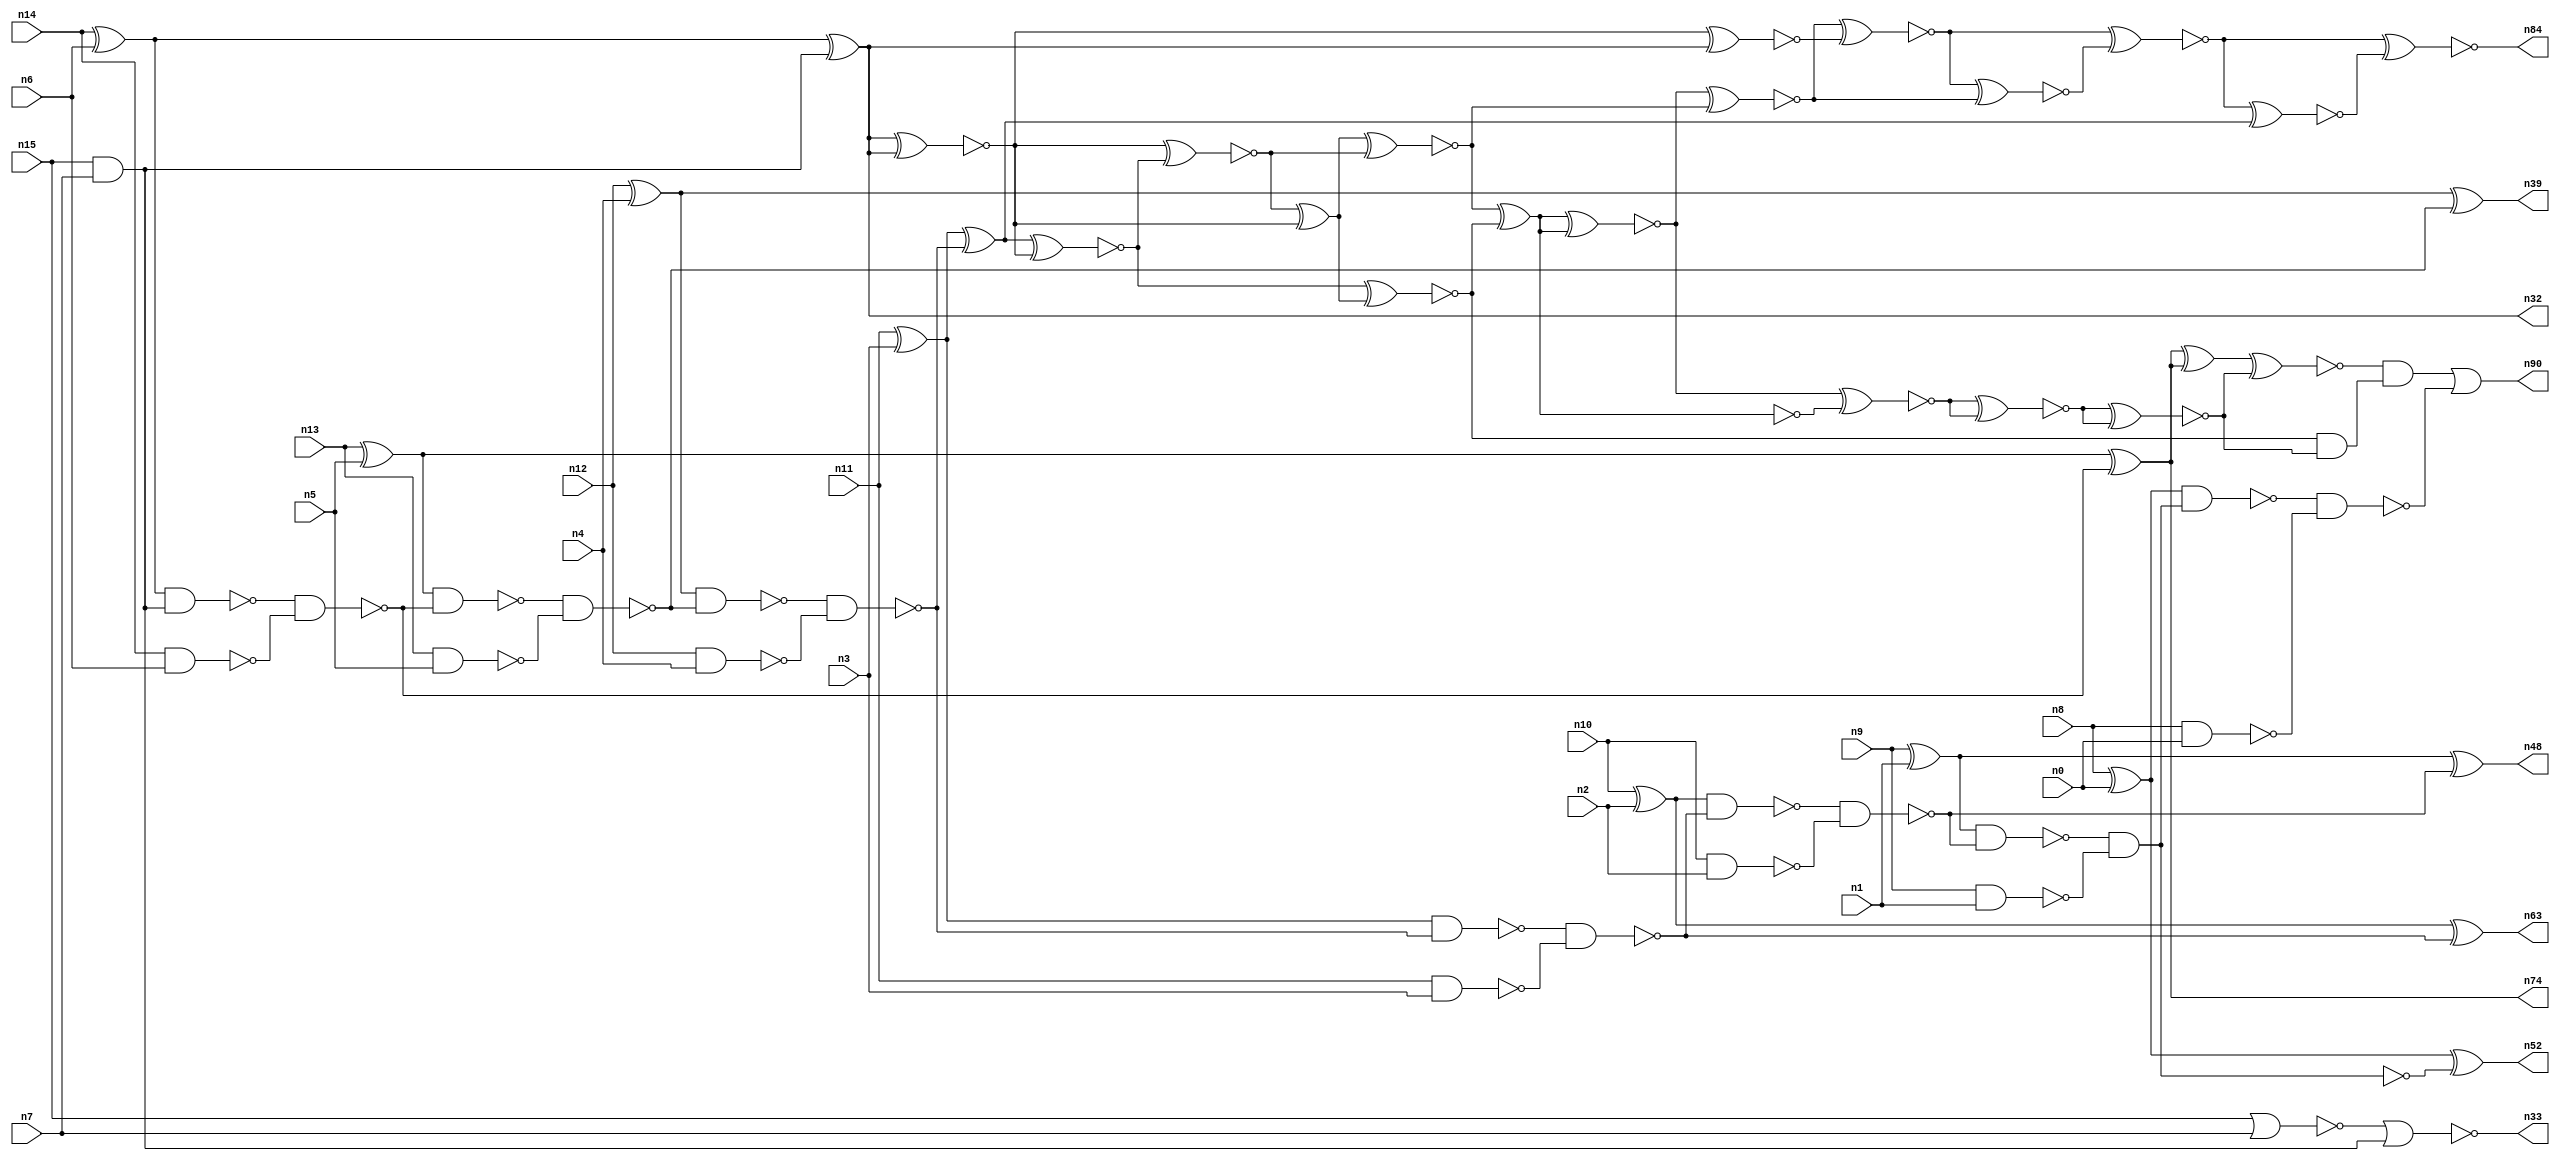
// This program was cloned from: https://github.com/umar-afzaal/ReCkt
// License: MIT License

// This file contains a pareto-optimal circuit with respect to power and the fault-resilince parameter p_fault which is defined as:
// "For all input vectors, the ratio of the no. of faults observable at the POs to the no. of total possible faults in the circuit".
// This code is part of the ReCkt library (https://github.com/umar-afzaal/ReCkt) distributed under The MIT License.
// When used, please cite the following article(s):
// U. Afzaal, A.S. Hassan, M. Usman and J.A. Lee, "On the Evolutionary Synthesis of Increased Fault-resilience Arithmetic Circuits".

// p_fault = 62.4 %    (Lower is better)
// gates = 67.0
// levels = 21
// area = 97.85    (For MCNC library relative to nand2)
// power = 455.1 uW    (Berkely-SIS for MCNC library @ Vdd=5V and 20 MHz clock)
// delay = 35.8 ns    (Berkely-ABC for MCNC library)
// PDP = 1.62926e-11 J

// Pin mapping:
// {n0, n1, n2, n3, n4, n5, n6, n7} = A[7:0]
// {n8, n9, n10, n11, n12, n13, n14, n15} = B[7:0]
// {n90, n52, n48, n63, n84, n39, n74, n32, n33} = O[8:0]

module addr8s_power_38 (
n0, n1, n2, n3, n4, n5, n6, n7, n8, n9, n10, n11, n12, n13, n14, n15, 
n90, n52, n48, n63, n84, n39, n74, n32, n33
);

input n0, n1, n2, n3, n4, n5, n6, n7, n8, n9, n10, n11, n12, n13, n14, n15;
output n90, n52, n48, n63, n84, n39, n74, n32, n33;
wire n22, n28, n72, n49, n30, n24, n45, n66, n20, n64, n18, n51, n70, n58, n37, n76, n29, n78, n17, n38, 
n65, n61, n86, n47, n23, n36, n73, n68, n42, n21, n54, n71, n16, n27, n56, n53, n67, n55, n83, n31, 
n25, n75, n41, n26, n35, n19, n34, n43, n62, n50, n69, n46, n59, n40, n57, n60, n77, n44;

xor (n16, n14, n6);
xor (n17, n8, n0);
xor (n18, n13, n5);
xor (n19, n10, n2);
nand (n20, n14, n6);
and (n21, n15, n7);
nand (n22, n13, n5);
nand (n23, n12, n4);
xor (n24, n12, n4);
nor (n25, n15, n7);
nand (n26, n9, n1);
nand (n27, n10, n2);
nand (n28, n8, n0);
xor (n29, n11, n3);
nand (n30, n11, n3);
xor (n31, n9, n1);
xor (n32, n16, n21);
nor (n33, n25, n21);
nand (n34, n16, n21);
nand (n35, n34, n20);
xor (n36, n18, n35);
nand (n37, n18, n35);
nand (n38, n37, n22);
xor (n39, n24, n38);
nand (n40, n24, n38);
nand (n41, n40, n23);
xor (n42, n29, n41);
nand (n43, n29, n41);
nand (n44, n43, n30);
nand (n45, n19, n44);
xor (n46, n19, n44);
nand (n47, n45, n27);
xor (n48, n31, n47);
nand (n49, n31, n47);
and (n50, n49, n26);
nand (n51, n49, n26);
xor (n52, n17, n51);
nand (n53, n17, n50);
nand (n54, n53, n28);
xnor (n55, n32, n32);
xnor (n56, n32, n32);
xnor (n57, n42, n55);
xnor (n58, n55, n57);
xor (n59, n58, n56);
xnor (n60, n57, n59);
xnor (n61, n56, n32);
xnor (n62, n59, n58);
and (n63, n46, n46);
and (n64, n42, n42);
xnor (n65, n62, n60);
not (n66, n65);
xnor (n67, n66, n66);
xnor (n68, n67, n62);
xnor (n69, n68, n61);
xnor (n70, n67, n65);
xnor (n71, n69, n68);
xnor (n72, n70, n70);
xnor (n73, n72, n72);
and (n74, n36, n36);
xnor (n75, n69, n71);
xor (n76, n36, n36);
and (n77, n60, n73);
xnor (n78, n76, n73);
xnor (n83, n75, n64);
xnor (n84, n75, n83);
and (n86, n78, n77);
or (n90, n86, n54);

endmodule